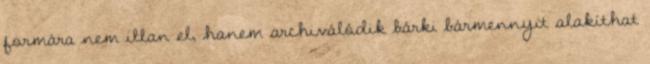
formára nem illan el, hanem archiválódik bárki bármennyit alakíthat